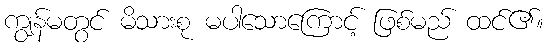
ကျွန်မတွင် မိသားစု မပါသောကြောင့် ဖြစ်မည် ထင်၏။